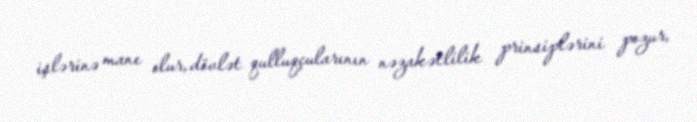
işlərinə mane olur, dövlət qulluqçularının nəzakətlilik prinsiplərini pozur,